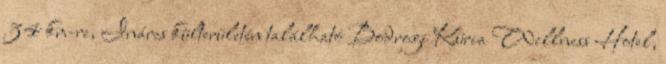
34 km-re, Inárcs külterületén található Bodrogi Kúria Wellness Hotel,